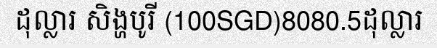
ដុល្លារ សិង្ហបូរី (100SGD)8080.5ដុល្លារ